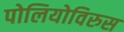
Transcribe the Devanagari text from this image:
पोलियोविरुस